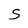
Character: S